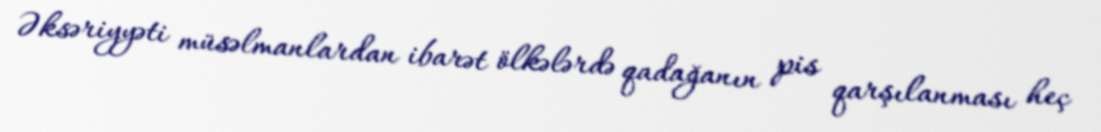
Əksəriyyəti müsəlmanlardan ibarət ölkələrdə qadağanın pis qarşılanması heç